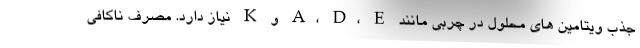
جذب ویتامین های محلول در چربی مانند A، D، E و K نیاز دارد. مصرف ناکافی